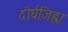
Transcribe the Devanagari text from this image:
दीर्घजिह्वा